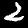
Digit: 2